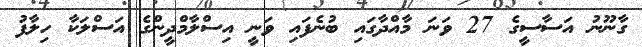
ގާނޫނު އަސާސީގެ 27 ވަނަ މާއްދާގައި ބުނެފައި ވަނީ އިސްލާމްދީންގެ އަސްލަކާ ހިލާފު